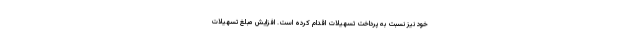
خود نیز نسبت به پرداخت تسهیلات اقدام کرده است. افزایش مبلغ تسهیلات